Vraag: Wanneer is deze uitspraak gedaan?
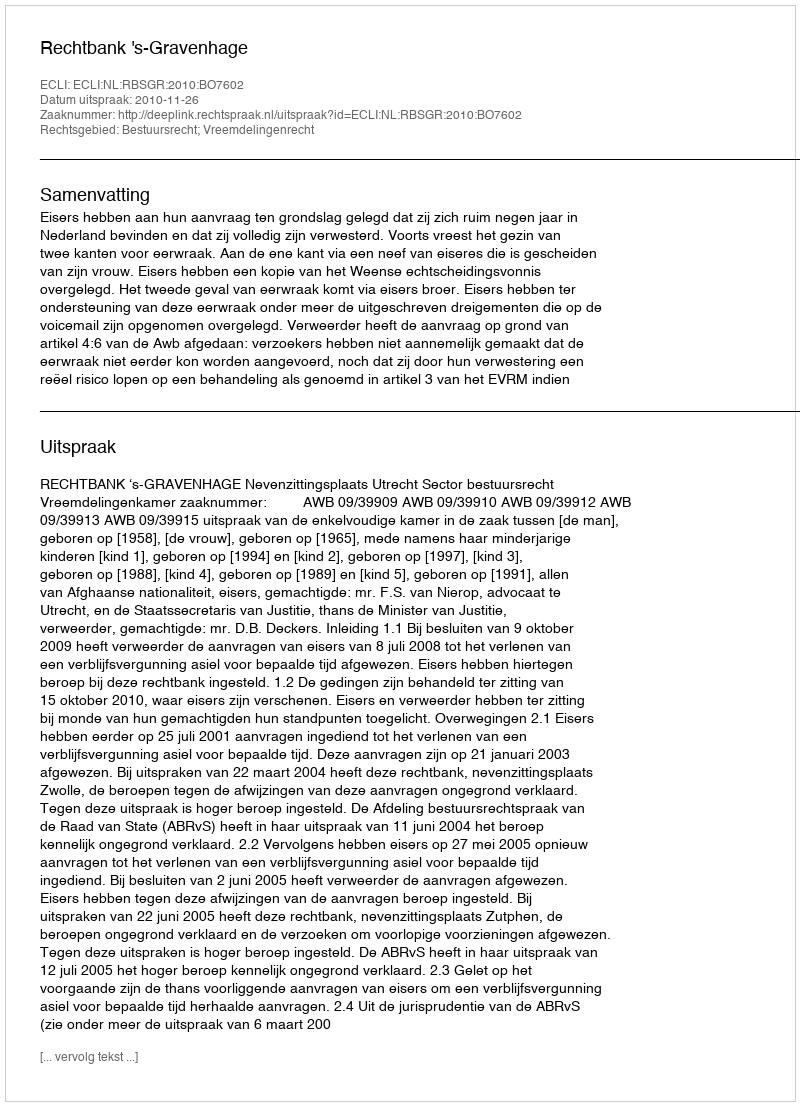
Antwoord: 2010-11-26